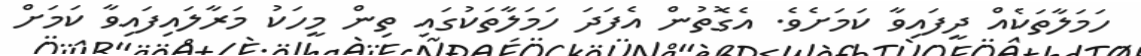
ހަމަލާތަކެއް ދީފައިވާ ކަމަށެވެ. އެގޮތުން އެފަދަ ހަމަލާތަކުގައި ތިން މީހަކު މަރާލައިފައިވާ ކަމަށް